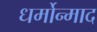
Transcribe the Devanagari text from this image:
धर्मोन्माद